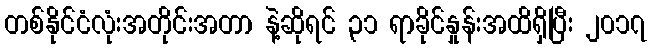
တစ်နိုင်ငံလုံးအတိုင်းအတာ နဲ့ဆိုရင် ၃၁ ရာခိုင်နှုန်းအထိရှိပြီး ၂၀၁၇